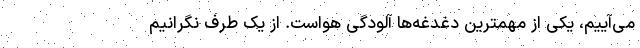
می‌آییم، یکی از مهمترین‌ دغدغه‌ها آلودگی هواست. از یک طرف نگرانیم